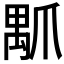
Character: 𤔝